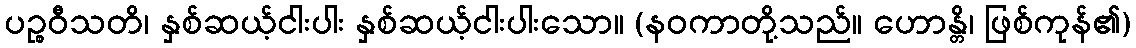
ပဉ္စဝီသတိ၊ နှစ်ဆယ့်ငါးပါး နှစ်ဆယ့်ငါးပါးသော။ (နဝကာတို့သည်။ ဟောန္တိ၊ ဖြစ်ကုန်၏)